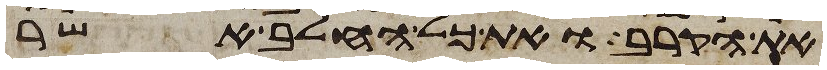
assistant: את הקרב ואת כל החלב אשר